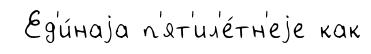
Ед'и́наjа п'ят'ил'е́тн'еjе как